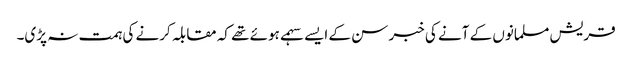
قریش مسلمانوں کے آنے کی خبر سن کے ایسے سہمے ہوئے تھے کہ مقابلہ کرنے کی ہمت نہ پڑی۔